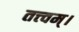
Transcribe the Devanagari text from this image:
तत्त्‍वम्।